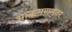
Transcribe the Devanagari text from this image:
आक्रमणनंतर